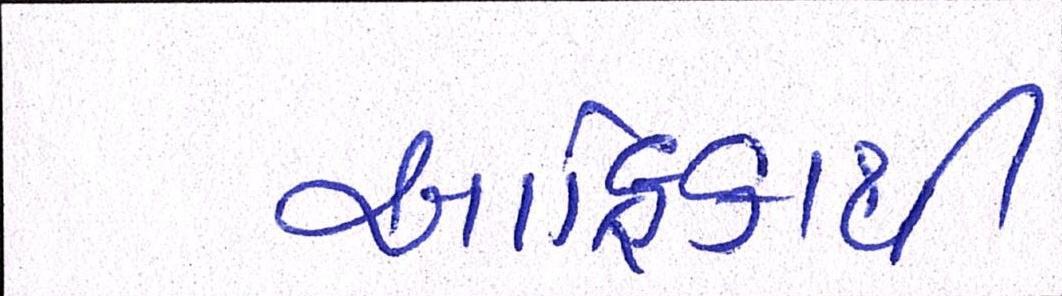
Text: આફ્રિકાથી